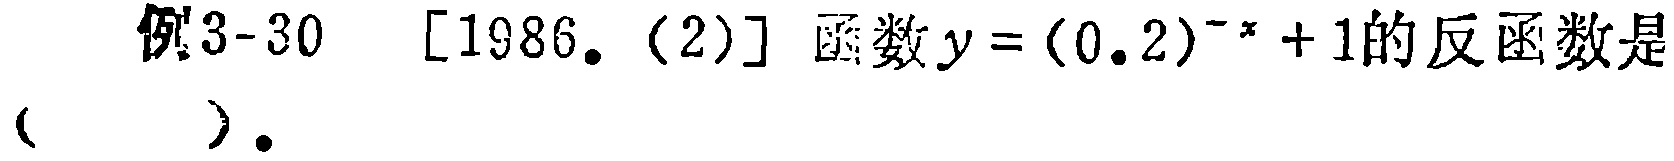
例3-30 [1986. (2)] 函数\(y = (0.2)^{-x}+1\)的反函数是（  ）。